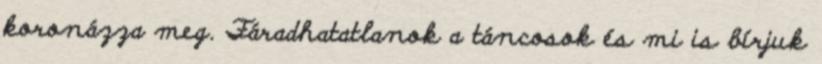
koronázza meg. Fáradhatatlanok a táncosok és mi is bírjuk